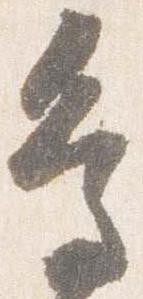
鳥